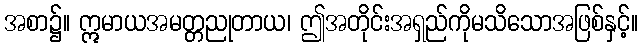
အစာ၌။ ဣမာယအမတ္တညုတာယ၊ ဤအတိုင်းအရှည်ကိုမသိသောအဖြစ်နှင့်။